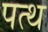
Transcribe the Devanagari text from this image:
पत्थ